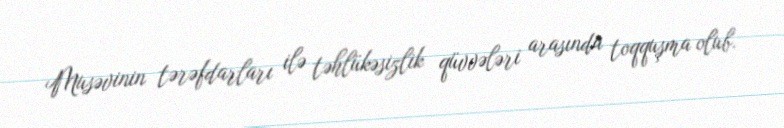
Musəvinin tərəfdarları ilə təhlükəsizlik qüvvələri arasında toqquşma olub.